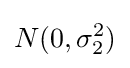
N(0,\sigma _{2}^{2})